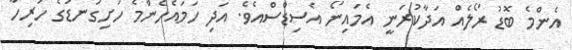
އެންމެ ބޮޑު ރޯލެއް އަދާކުރަނީ އެމައިނޯ އެސިޑްސްއެވެ. އަދި ހަމައެހެންމެ ހަށިގަނޑުގެ ހުރިހާ